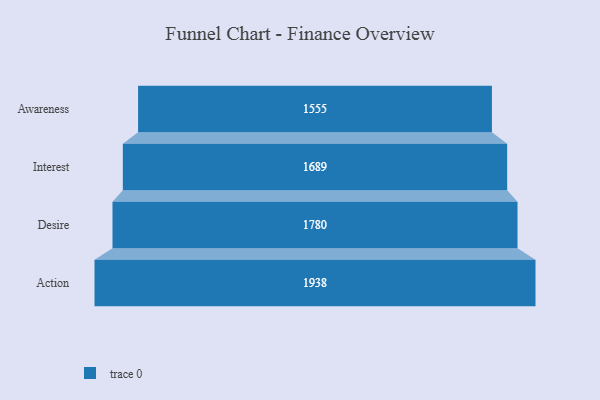
{"axis": {"x": "Stage", "y": "Value"}, "legend": [""], "data": [{"x": "Awareness", "y": 1555.0, "type": ""}, {"x": "Interest", "y": 1689.0, "type": ""}, {"x": "Desire", "y": 1780.0, "type": ""}, {"x": "Action", "y": 1938.0, "type": ""}]}